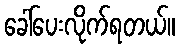
ခေါ်ပေးလိုက်ရတယ်။